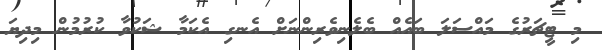
މި ޓީޗަރުގެ މައްސަލަ ބައެއް ބެލެނިވެރިންނަށް އެނގި އެކަމާ ޝަކުވާ ކުރުމުން މިދިޔަ